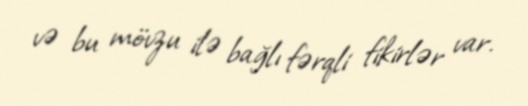
və bu mövzu ilə bağlı fərqli fikirlər var.